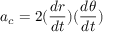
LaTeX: a _ { c } = 2 ( { \frac { d r } { d t } } ) ( { \frac { d \theta } { d t } } )